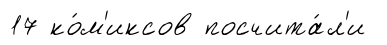
17 ко́м'иксов посчита́л'и